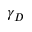
\gamma _ { D }